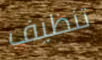
تنظيف